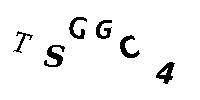
TSGGC4